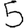
Digit: 5